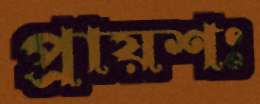
প্রায়শঃ